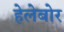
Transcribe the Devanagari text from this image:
हेलेबोर